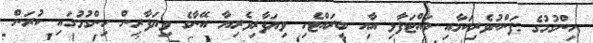
ހިންގުމުގެ ފަންނުވެރިކަމާއި ވައްޓަފާޅި އާއި ބީރައްޓެހި ވިޔަފާރިވެރިޔާ އޭނާގެ ވިޔަފާރިން ހިންގުމުގައި ކުރަން